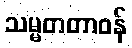
သမ္မတတာဝန်